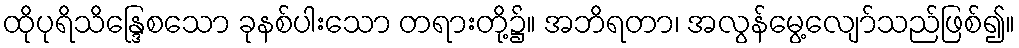
ထိုပုရိသိန္ဒြေစသော ခုနစ်ပါးသော တရားတို့၌။ အဘိရတာ၊ အလွန်မွေ့လျော်သည်ဖြစ်၍။